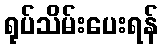
ရုပ်သိမ်းပေးရန်